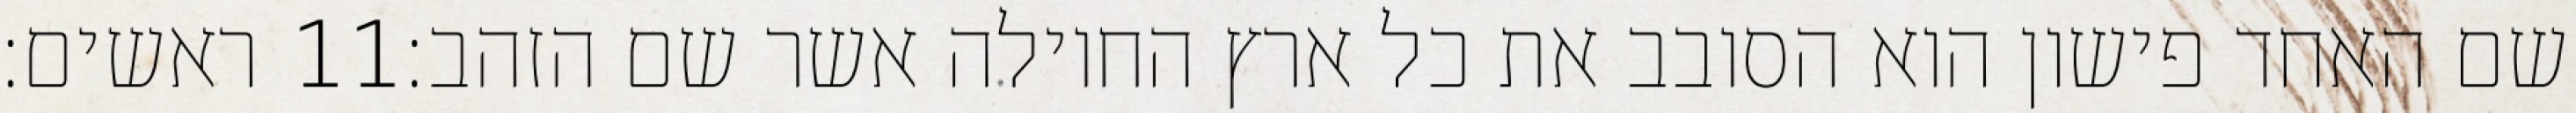
ראשים׃ ‎11‏ שם האחד פישון הוא הסובב את כל ארץ החוילה אשר שם הזהב׃